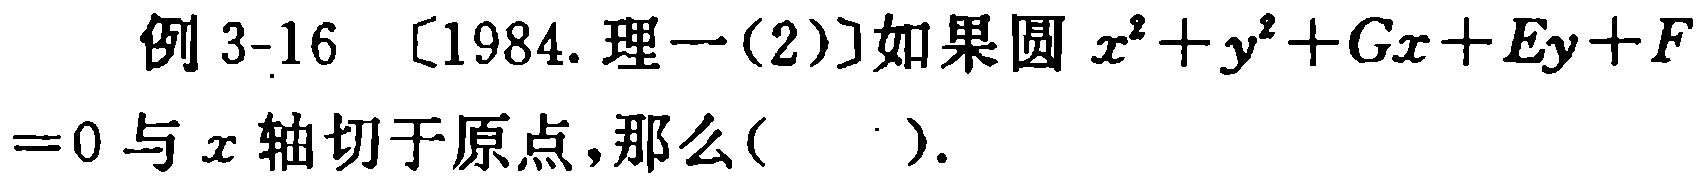
例 3-16 [1984. 理一(2)]如果圆 \(x^{2}+y^{2}+Gx + Ey+F = 0\) 与 \(x\) 轴切于原点，那么( )。